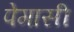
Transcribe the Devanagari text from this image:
पेगासी